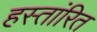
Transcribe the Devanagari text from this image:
हस्तांरित